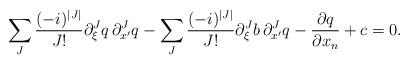
LaTeX: \begin{align*} \sum_{J} \frac{(-i)^{|J|}}{J !} \partial_{\xi}^{J}q \, \partial_{x^\prime}^{J}q - \sum_{J} \frac{(-i)^{|J|}}{J !} \partial_{\xi}^{J}b \, \partial_{x^\prime}^{J}q - \frac{\partial q}{\partial x_n} + c = 0. \end{align*}